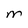
Character: m